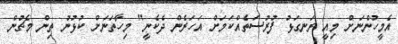
އެމީހުންނަށް މިއީ ރަނގަޅު ފުރުސަތެއްކަމަށް އަހަރެން ދެކެނީ" މިހާތަނަށް ކުޅުނު ތިން މެޗުން